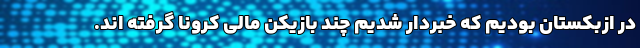
در ازبکستان بودیم که خبردار شدیم چند بازیکن مالی کرونا گرفته اند.